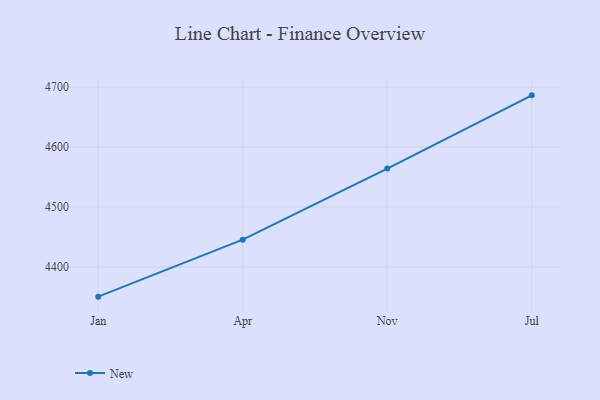
{"axis": {"x": "Month", "y": "Inventory Turnover"}, "legend": ["New"], "data": [{"x": "Jan", "y": 4350.3, "type": "New"}, {"x": "Apr", "y": 4445.4, "type": "New"}, {"x": "Nov", "y": 4564.0, "type": "New"}, {"x": "Jul", "y": 4686.3, "type": "New"}]}